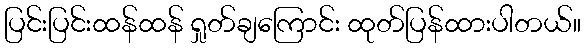
ပြင်းပြင်းထန်ထန် ရှုတ်ချကြောင်း ထုတ်ပြန်ထားပါတယ်။